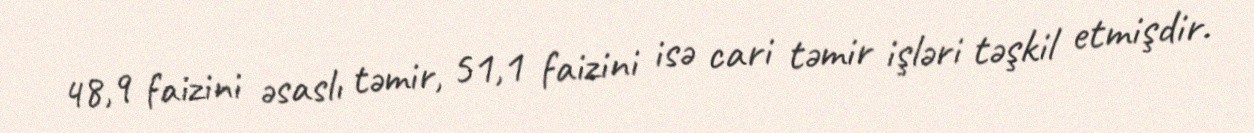
48,9 faizini əsaslı təmir, 51,1 faizini isə cari təmir işləri təşkil etmişdir.